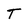
Character: T